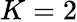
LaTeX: K=2